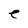
Character: e